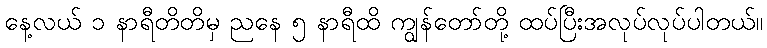
နေ့လယ် ၁ နာရီတိတိမှ ညနေ ၅ နာရီထိ ကျွန်တော်တို့ ထပ်ပြီးအလုပ်လုပ်ပါတယ်။